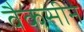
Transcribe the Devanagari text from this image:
वैकसीन